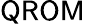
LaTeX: \mathsf{QROM}